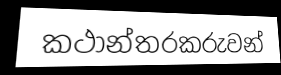
කථාන්තරකරුවන්